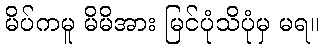
မိပ်ကမူ မိမိအား မြင်ပုံသိပုံမှ မရ။